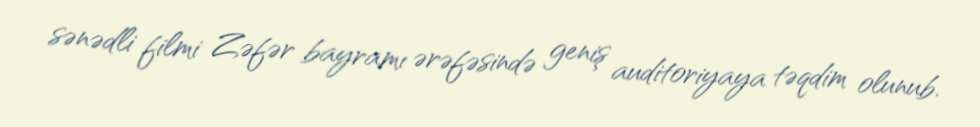
sənədli filmi Zəfər bayramı ərəfəsində geniş auditoriyaya təqdim olunub.